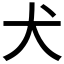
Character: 犬